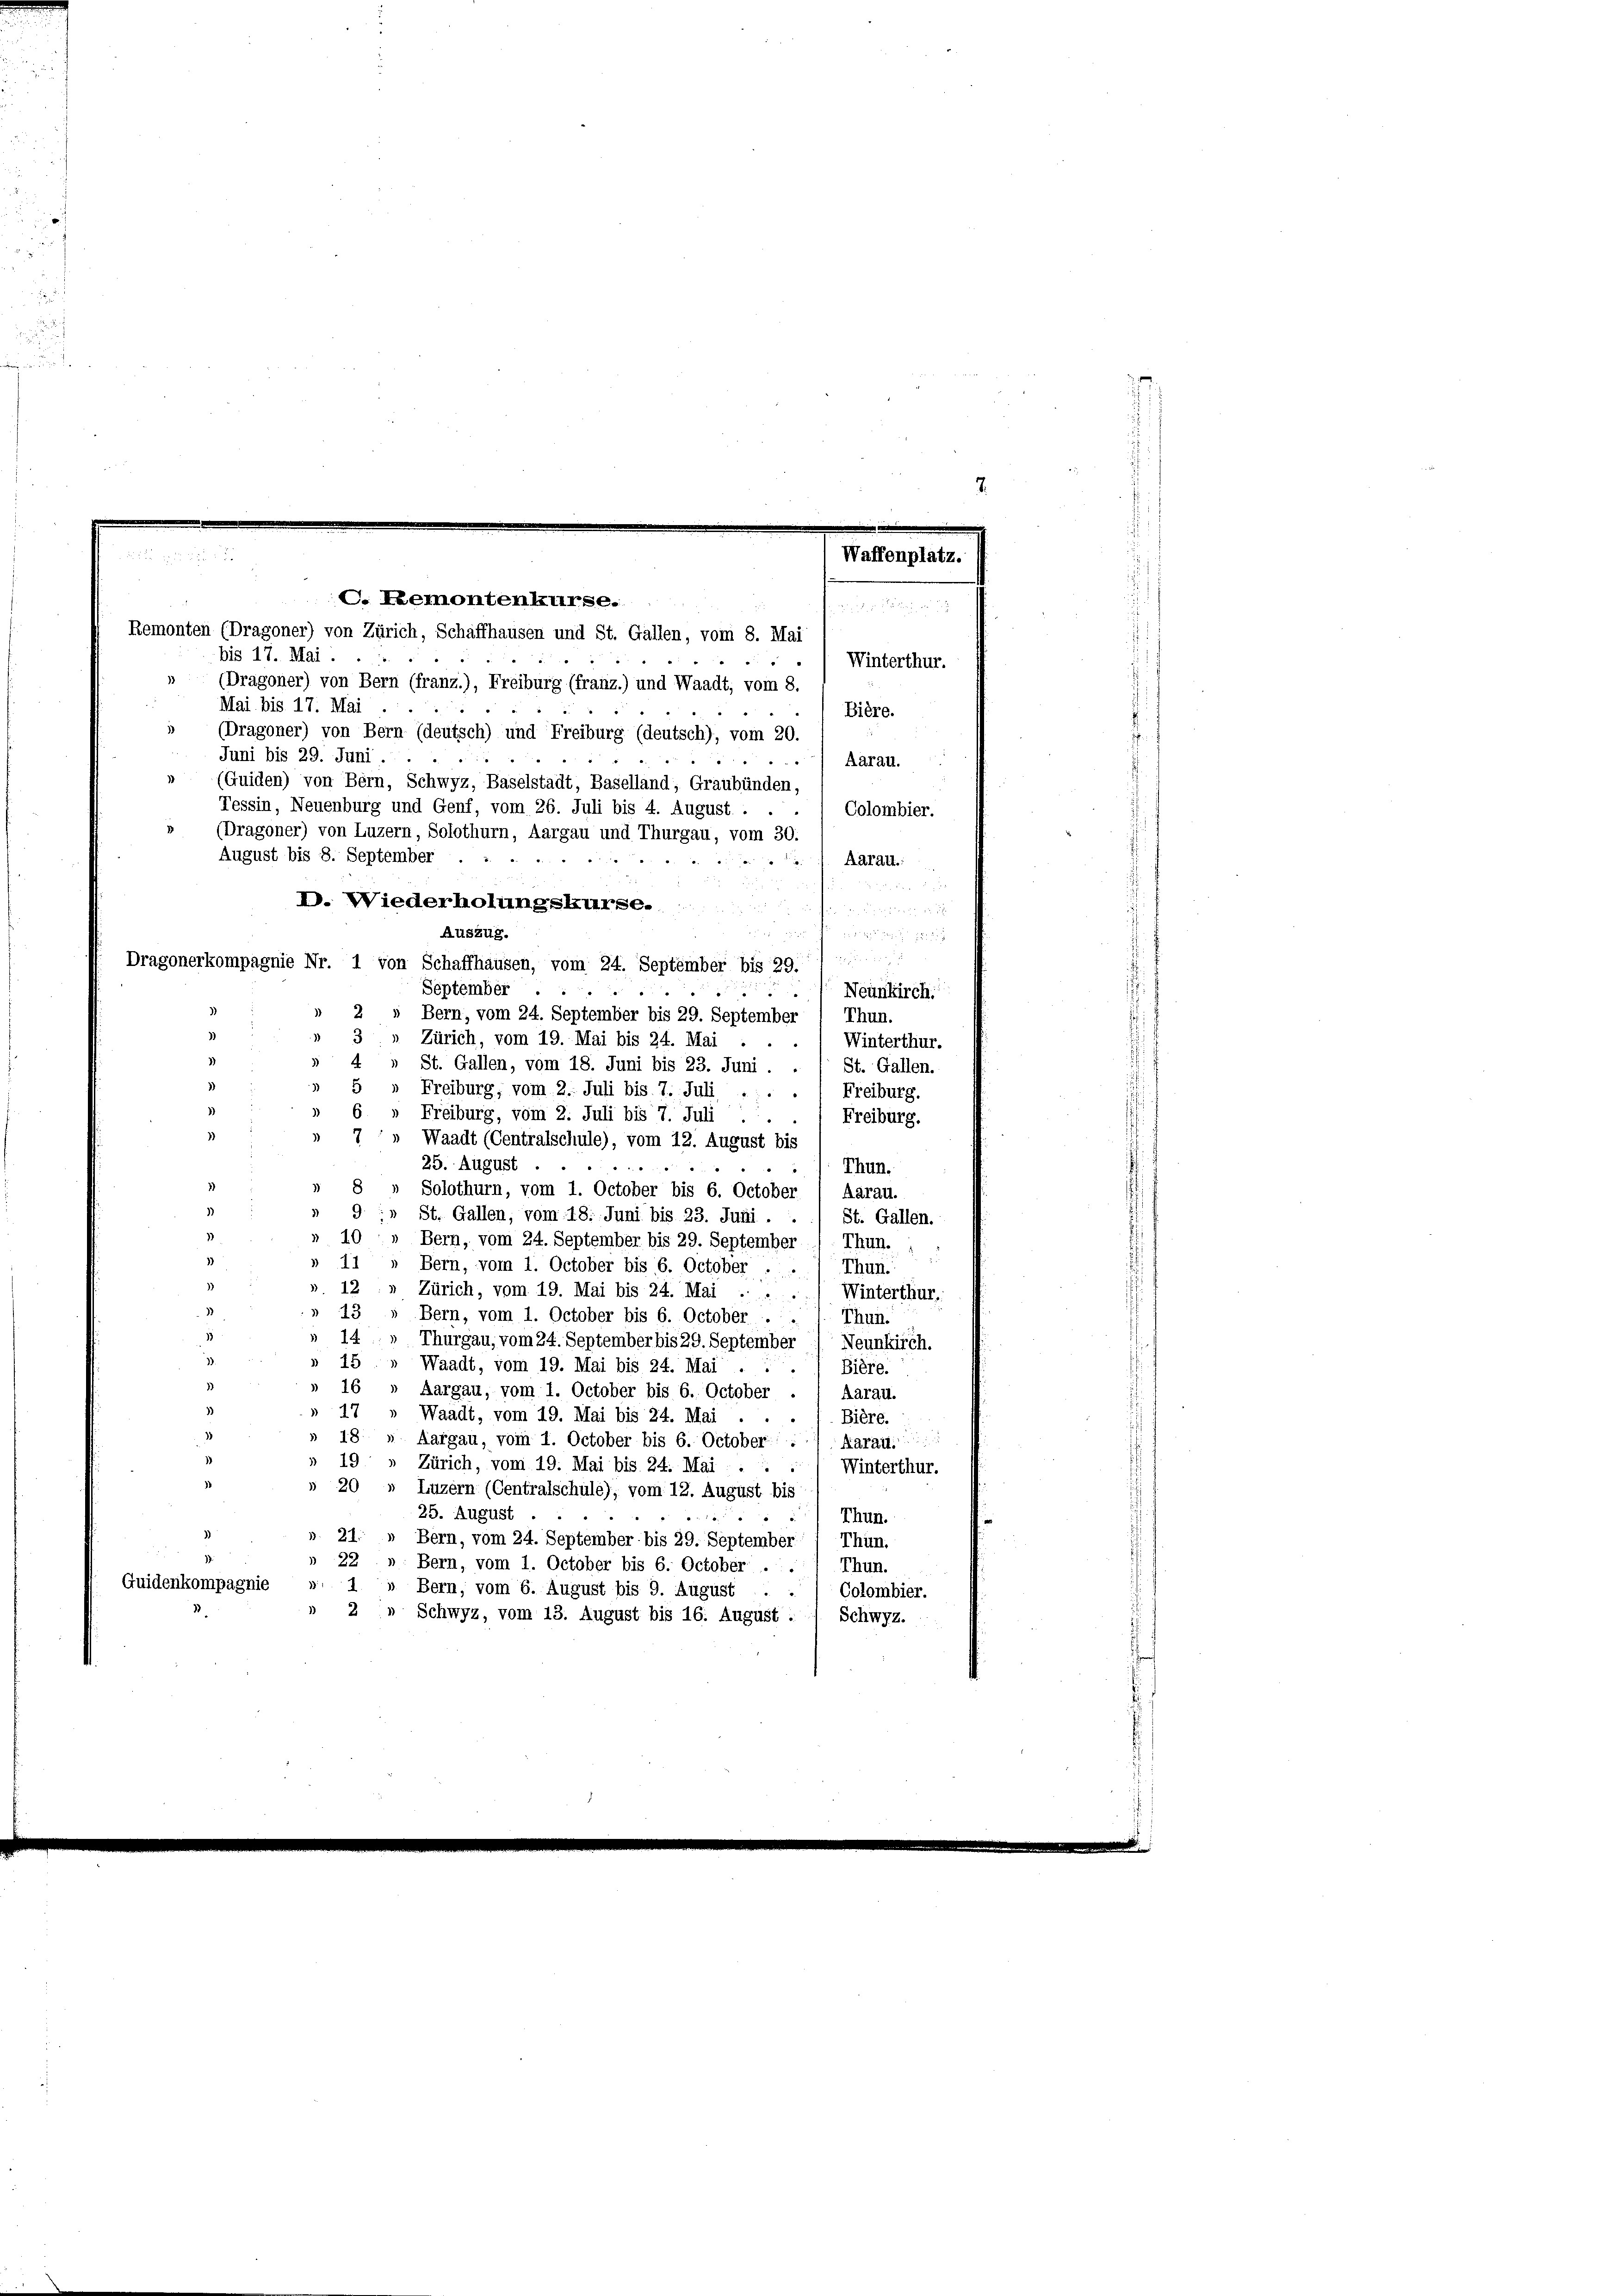
C. Lemontenkurse.

Waffenplatz.

Remonten (Dragoner) von Zürich, Schaffhausen und St. Gallen, vom 8. Mai
bis 17. Mai.
Winterthur.
(Dragoner) von Bern (franz.), Freiburg (franz.) und Waadt, vom 8.
Mai bis 17. Mai
Bière.
 (Dragoner) von Bern (deutsch) und Freiburg (deutsch), vom 20.
Juni bis 29. Juni.
Aarau.
» (Guiden) von Bern, Schwyz, Baselstadt, Baselland, Graubünden,
Tessin, Neuenburg und Genf, vom 26. Juli bis 4. August .
Colombier.
(Dragoner) von Luzern, Solothurn, Aargau und Thurgau, vom 30.
August bis 8. September
Aarau.
D. Wiederholungskurse.
r
Auszug.

Dragonerkompagnie Nr. 1 von Schaffhausen, vom 24. September bis 291
September
Neunkirch
2
Bern, vom 24. September bis 29. September / Thun.
Zürich, vom 19. Mai bis 24. Mai
Winterthur.
St. Gallen, vom 18. Juni bis 23. Juni.
St. Gallen.
Freiburg, vom 2. Juli bis 7. Juli : :
Freiburg.
Freiburg, vom 2. Juli bis 7. Juli.
Freiburg.
Waadt (Centralschule), vom 12. August bis
25. August
: Thun.
Solothurn, vom 1. October bis 6. October
Aarau.
» St. Gallen, vom 18. Juni bis 23. Juni .
St. Gallen.
0 " Bern, vom 24. September bis 29. September /. Thun.
i
Bern, vom 1. October bis 6. October .....
Thun.
12 " Zürich, vom 19. Mai bis 24. Mai . .
Winterthur.
Bern, vom 1. October bis 6. October . . /. Thun.
Thurgau, vom 24. September bis 29. September *) Neunkirch.
17
Waadt, vom 19. Mai bis 24. Mai
Bière.
Aargau, vom 1. October bis 6. October . , Aarau-
Waadt, vom 19. Mai bis 24. Mai . .
Bière.
Aargau, vom 1. October bis 6. October), Aarau.
19
Zürich, vom 19. Mai bis 24. Mai . . .
Winterthur.
20
Luzern (Centralschule), vom 12. August bis
25. August
Thun.
21
Bern, vom 24. September bis 29. September Thun.
22 » Bern, vom 1. October bis 6. October ...
Thun.
Guidenkompagnie
1.
» Bern, vom 6. August bis 9. August . . / Colombier.
2» Schwyz, vom 13. August bis 16. August :/ Schwyz.

.